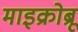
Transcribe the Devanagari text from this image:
माइक्रोब्रू